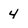
Character: 4